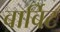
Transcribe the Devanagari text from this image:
बार्बिट